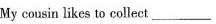
My cousin likes to collect___